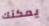
يمكنك